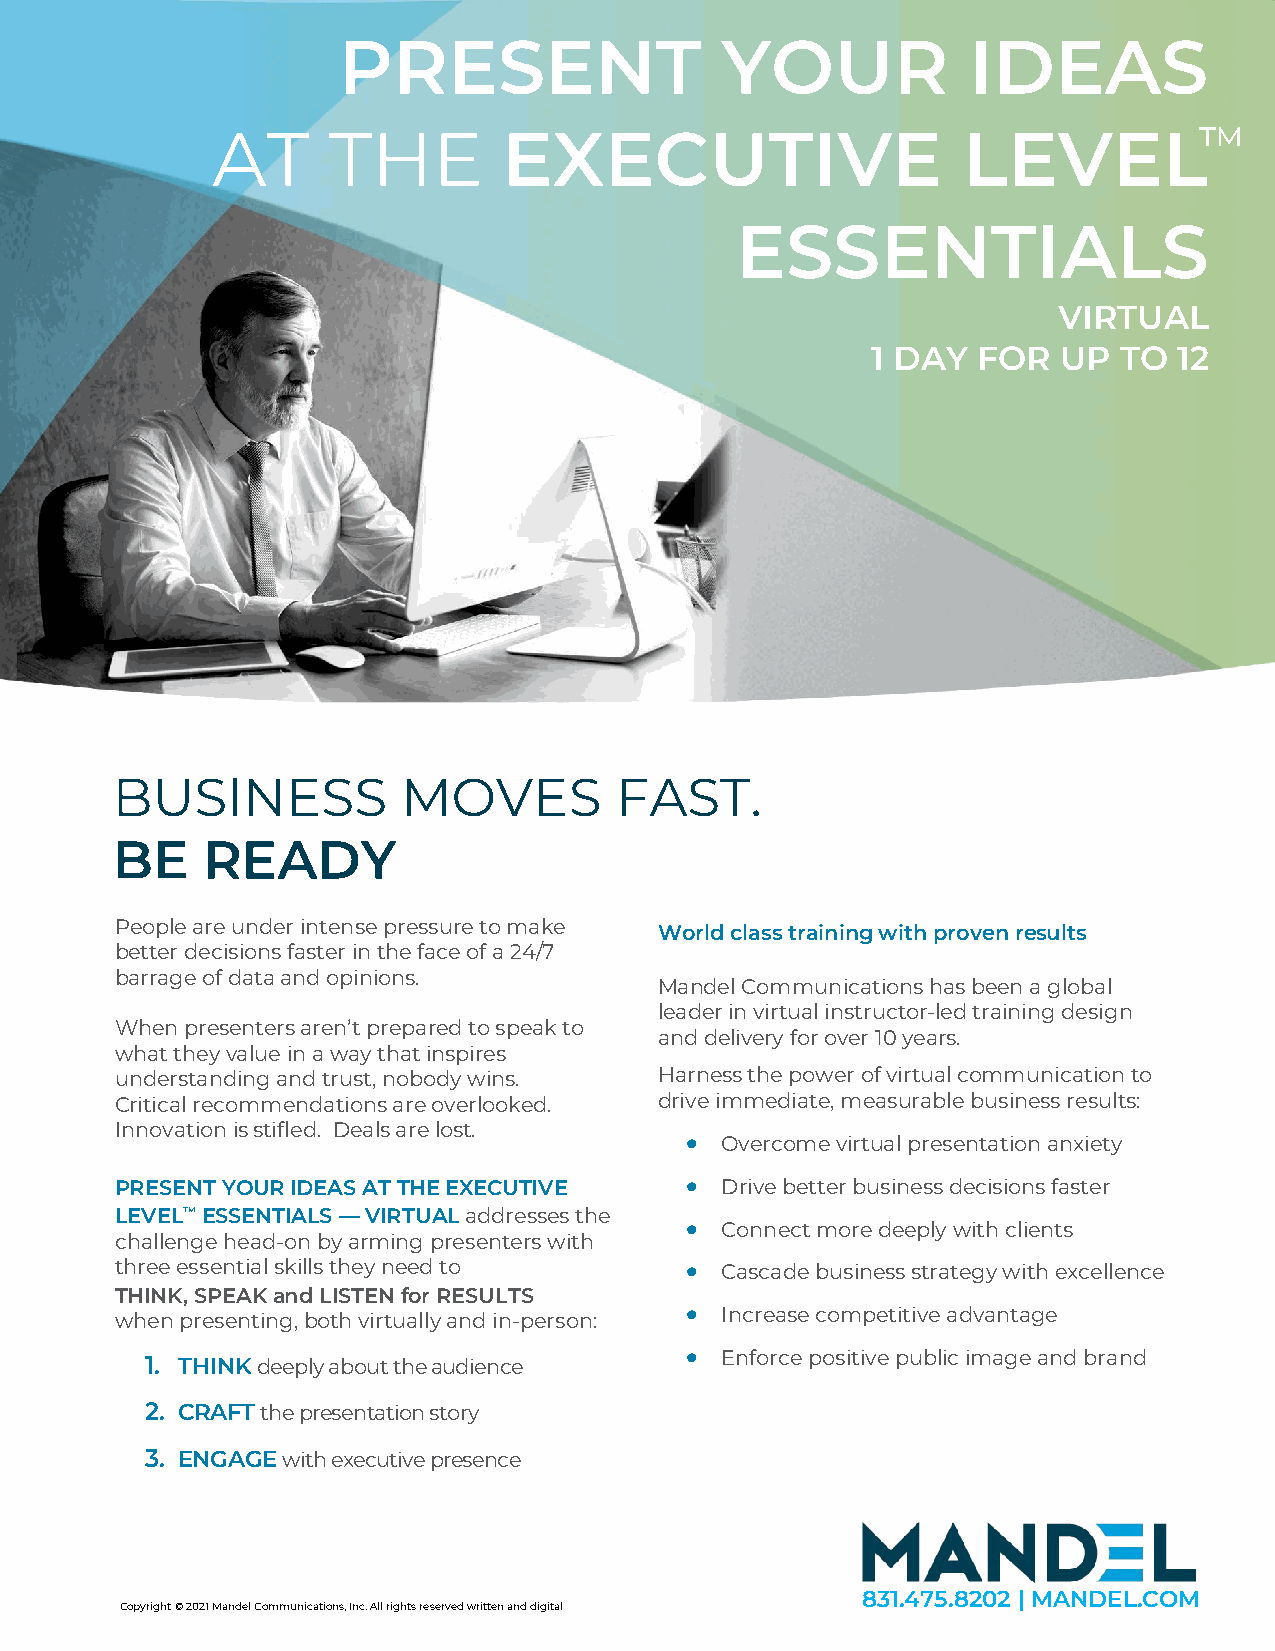
PRESENT                   YOUR            IDEAS
 AT      THE        EXECUTIVE                      LEVEL™
 ESSENTIALS
 VIRTUAL
 1 DAY  FOR  UP  TO  12
 BUSINESS            MOVES         FAST.
 BE    READY
 People are under intense pressure to make World class training with proven results
 better decisions faster in the face of a 24/7
 barrage of data and opinions.
 Mandel Communications has been a global
 leader in virtual instructor-led training design
 When presenters aren’t prepared to speak to
 and delivery for over 10 years.
 what they value in a way that inspires
 understanding and trust, nobody wins. Harness the power of virtual communication to
 Critical recommendations are overlooked. drive immediate, measurable business results:
 Innovation is stifled. Deals are lost.
 •  Overcome virtual presentation anxiety
 PRESENT YOUR IDEAS AT THE EXECUTIVE  •  Drive better business decisions faster
 LEVEL™ ESSENTIALS — VIRTUAL addresses the
 •  Connect more deeply with clients
 challenge head-on by arming presenters with
 three essential skills they need to  •  Cascade business strategy with excellence
 THINK, SPEAK and LISTEN for RESULTS
 when presenting, both virtually and in-person: • Increase competitive advantage
 1. THINK deeply about the audience •  Enforce positive public image and brand
 2. CRAFT the presentation story
 3. ENGAGE with executive presence
 831.475.8202 | MANDEL.COM
 Copyright © 2021 Mandel Communications, Inc. All rights reserved written and digital